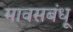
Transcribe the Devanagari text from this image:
मावसबंधू